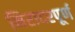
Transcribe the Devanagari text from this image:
निरादरपूर्ण